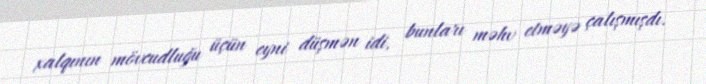
xalqının mövcudluğu üçün eyni düşmən idi, bunları məhv etməyə çalışmışdı.